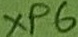
Text: XP6